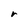
Character: r